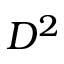
D ^ { 2 }